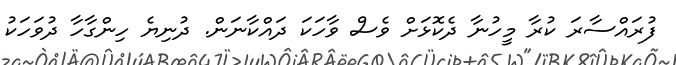
ފުރައްސާރަ ކުރާ މީހުނާ ދެކޮޅަށް ވެސް ވާހަކަ ދައްކާނަން. ދުނިޔެ ހިންގާހާ ދުވަހަކު